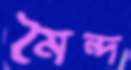
মৈন্দ